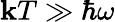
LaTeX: \mathbf{k}T\gg\hbar\omega